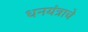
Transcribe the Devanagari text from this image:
धनयंत्राचे